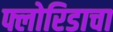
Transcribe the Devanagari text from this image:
फ्लोरिडाचा